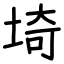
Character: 埼